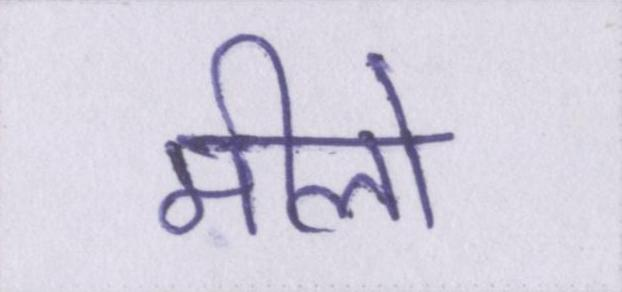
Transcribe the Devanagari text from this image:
मीलों